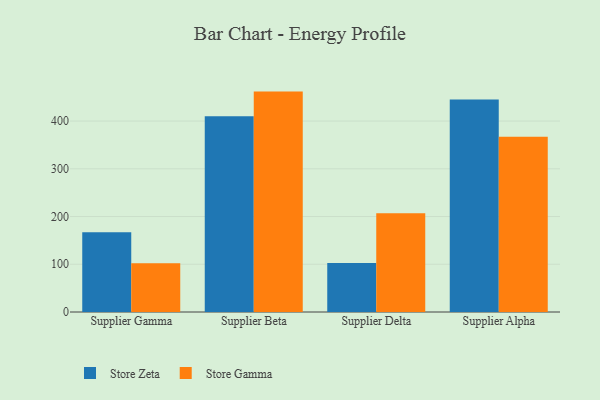
{"axis": {"x": "Supplier", "y": "LTV (USD)"}, "legend": ["Store Gamma", "Store Zeta"], "data": [{"x": "Supplier Gamma", "y": 167.1, "type": "Store Zeta"}, {"x": "Supplier Gamma", "y": 102.3, "type": "Store Gamma"}, {"x": "Supplier Beta", "y": 410.0, "type": "Store Zeta"}, {"x": "Supplier Beta", "y": 461.7, "type": "Store Gamma"}, {"x": "Supplier Delta", "y": 102.9, "type": "Store Zeta"}, {"x": "Supplier Delta", "y": 206.7, "type": "Store Gamma"}, {"x": "Supplier Alpha", "y": 445.3, "type": "Store Zeta"}, {"x": "Supplier Alpha", "y": 367.1, "type": "Store Gamma"}]}